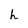
Character: h